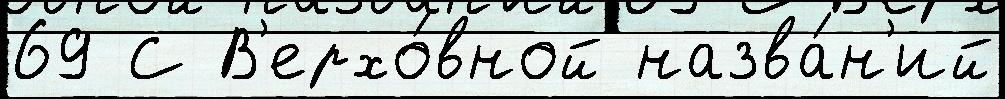
69 С В'ерхо́вной назва́н'ий